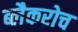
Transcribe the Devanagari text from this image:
ब्लैकरोच